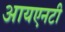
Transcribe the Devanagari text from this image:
आयएनटी